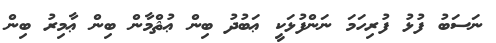
ނަސަބު ފުޅު ފުރިހަމަ ނަންފުޅަކީ ޢަބުދު ބިން ޢުޘްމާން ބިން ޢާމިރު ބިން